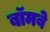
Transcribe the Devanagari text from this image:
बॉमबे